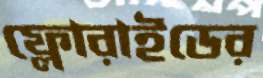
ফ্লোরাইডের